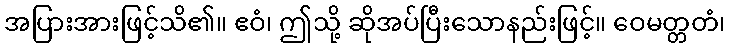
အပြားအားဖြင့်သိ၏။ ဧဝံ၊ ဤသို့ ဆိုအပ်ပြီးသောနည်းဖြင့်။ ဝေမတ္တတံ၊